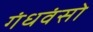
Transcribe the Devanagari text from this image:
गंधवंसो